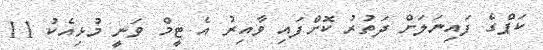
ކަޕްގެ ފައިނަލަށް ދަތުރު ކޮށްފައި ވާއިރު އެ ޓީމް ވަނީ މުޅިއެކު 11